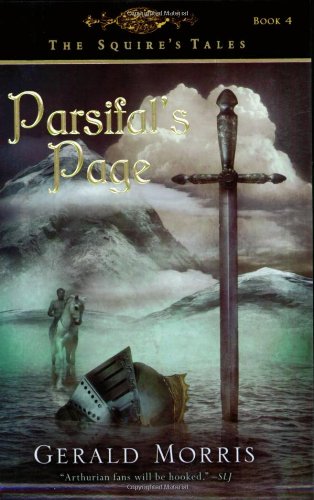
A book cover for Parsifal's Page (The Squire's Tales); Gerald Morris; Children's Books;